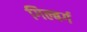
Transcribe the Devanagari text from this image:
गिल्बर्ग